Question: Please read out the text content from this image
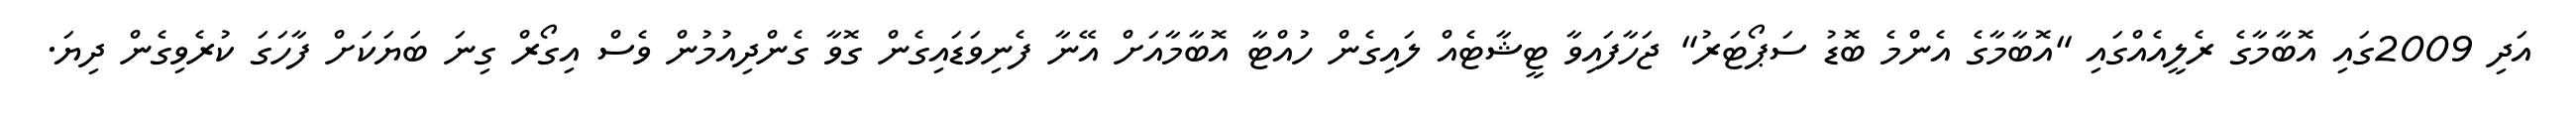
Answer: އަދި 2009ގައި އޮބާމާގެ ރެލީއެއްގައި "އޮބާމާގެ އެންމެ ބޮޑު ސަޕޯޓަރު" ޖަހާފައިވާ ޓީޝާޓެއް ލައިގެން ހުއްޓާ އޮބާމާއަށް އޭނާ ފެނިވަޑައިގެން ގޮވާ ގެންދިއުމުން ވެސް އިގޯރް ގިނަ ބަޔަކަށް ފާހަގަ ކުރެވިގެން ދިޔަ.